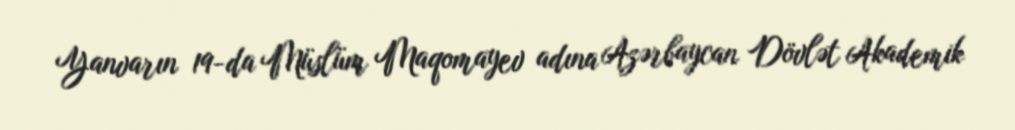
Yanvarın 19-da Müslüm Maqomayev adına Azərbaycan Dövlət Akademik